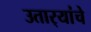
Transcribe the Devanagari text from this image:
उतार्‍यांचे